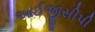
આઈજીસીપી